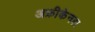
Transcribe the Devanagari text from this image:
अफ्रीकेनस